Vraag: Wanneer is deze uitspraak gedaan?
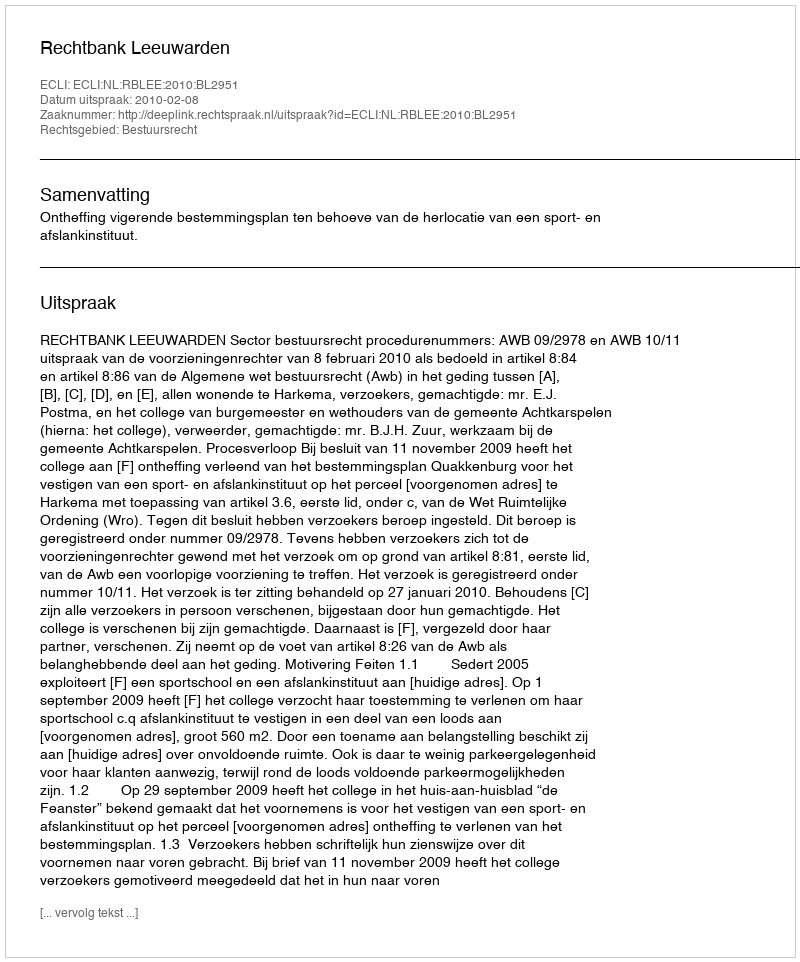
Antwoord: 2010-02-08